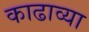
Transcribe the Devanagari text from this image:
काढाव्या